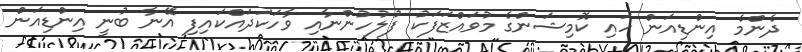
ދެންމެ އިންޑިއަން ހައި ކޮމިޝަންގެ މުވައްޒަފަކު ފުލުހުންނާއި ވާހަކަދައްކައިފި އޭނާ ބުނީ އިންޑިއަން